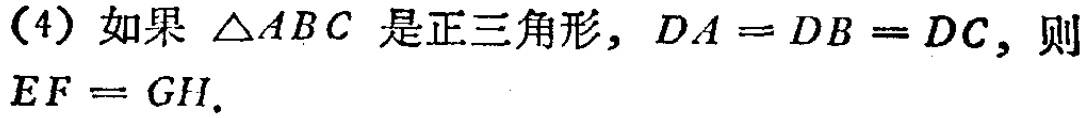
(4) 如果 $\triangle ABC$ 是正三角形，$DA = DB = DC$，则 $EF = GH$.